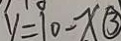
y = 1 0 - x \textcircled { 3 }